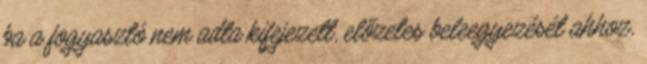
ba a fogyasztó nem adta kifejezett, előzetes beleegyezését ahhoz,